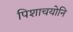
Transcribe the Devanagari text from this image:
पिशाचयोनि